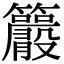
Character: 𥸂